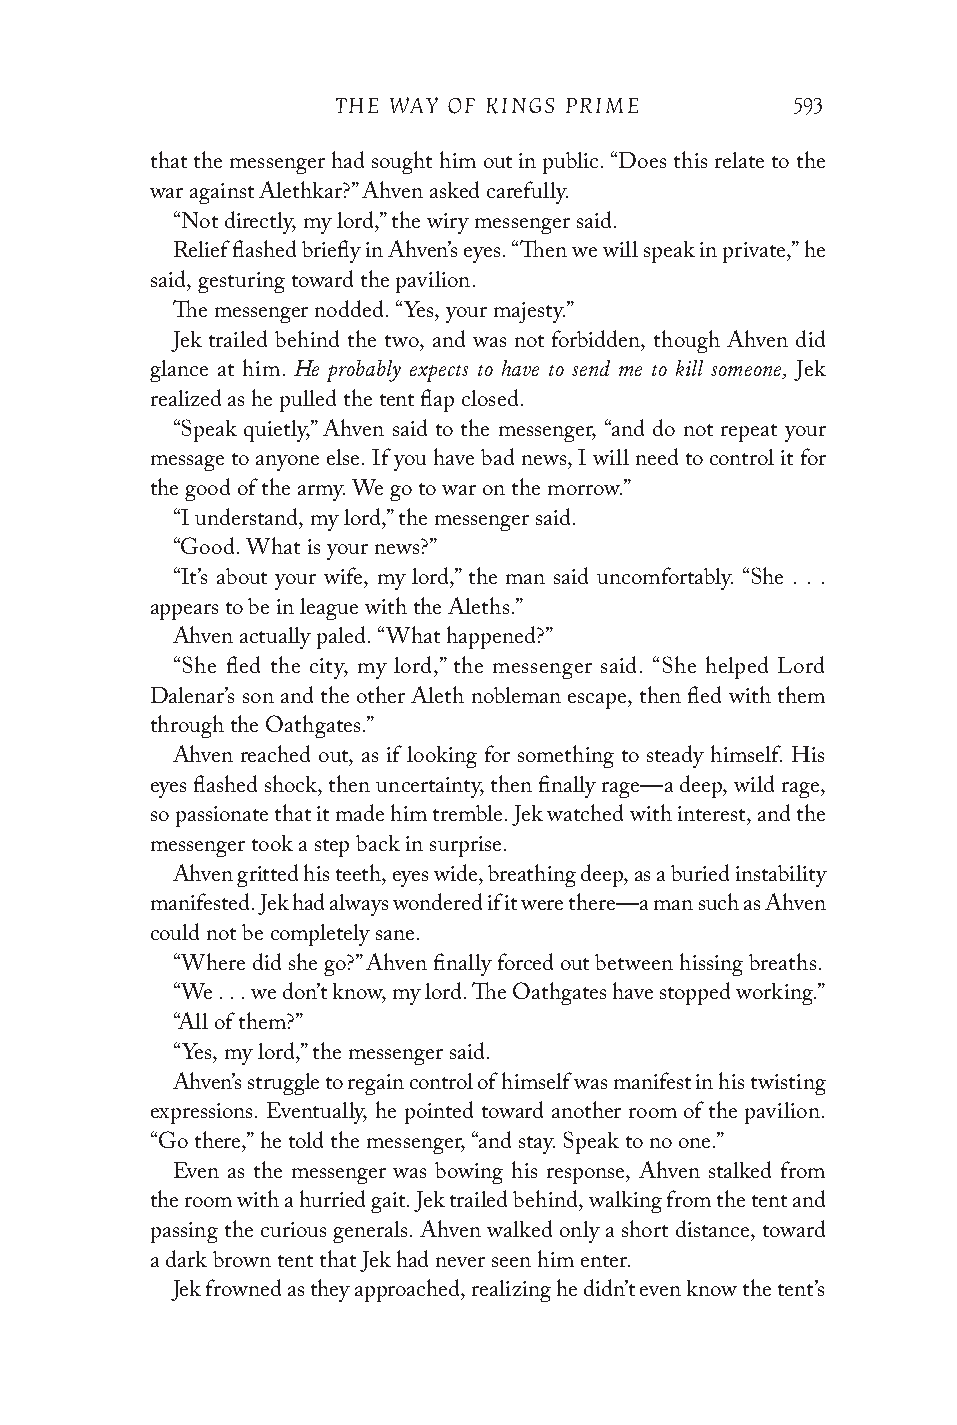
THE WAY OF KINGS PRIME        593
 that the messenger had sought him out in public. “Does this relate to the
 war against Alethkar?” Ahven asked carefully.
 “Not directly, my lord,” the wiry messenger said.
 Relief flashed briefly in Ahven’s eyes. “Then we will speak in private,” he
 said, gesturing toward the pavilion.
 The messenger nodded. “Yes, your majesty.”
 Jek trailed behind the two, and was not forbidden, though Ahven did
 He probably expects to have to send me to kill someone,
 glance at him.                             Jek
 realized as he pulled the tent flap closed.
 “Speak quietly,” Ahven said to the messenger, “and do not repeat your
 message to anyone else. If you have bad news, I will need to control it for
 the good of the army. We go to war on the morrow.”
 “I understand, my lord,” the messenger said.
 “Good. What is your news?”
 “It’s about your wife, my lord,” the man said uncomfortably. “She . . .
 appears to be in league with the Aleths.”
 Ahven actually paled. “What happened?”
 “She fled the city, my lord,” the messenger said. “She helped Lord
 Dalenar’s son and the other Aleth nobleman escape, then fled with them
 through the Oathgates.”
 Ahven reached out, as if looking for something to steady himself. His
 eyes flashed shock, then uncertainty, then finally rage—a deep, wild rage,
 so passionate that it made him tremble. Jek watched with interest, and the
 messenger took a step back in surprise.
 Ahven gritted his teeth, eyes wide, breathing deep, as a buried instability
 manifested. Jek had always wondered if it were there—a man such as Ahven
 could not be completely sane.
 “Where did she go?” Ahven finally forced out between hissing breaths.
 “We . . . we don’t know, my lord. The Oathgates have stopped working.”
 “All of them?”
 “Yes, my lord,” the messenger said.
 Ahven’s struggle to regain control of himself was manifest in his twisting
 expressions. Eventually, he pointed toward another room of the pavilion.
 “Go there,” he told the messenger, “and stay. Speak to no one.”
 Even as the messenger was bowing his response, Ahven stalked from
 the room with a hurried gait. Jek trailed behind, walking from the tent and
 passing the curious generals. Ahven walked only a short distance, toward
 a dark brown tent that Jek had never seen him enter.
 Jek frowned as they approached, realizing he didn’t even know the tent’s